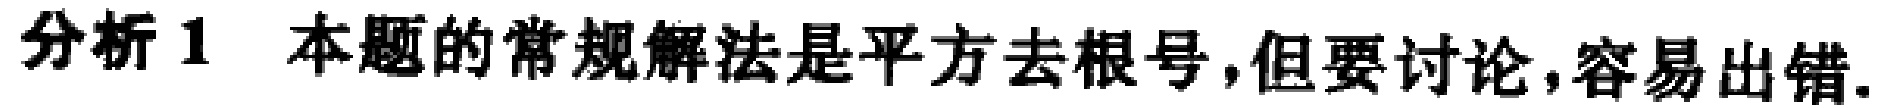
分析 1 本题的常规解法是平方去根号,但要讨论,容易出错.